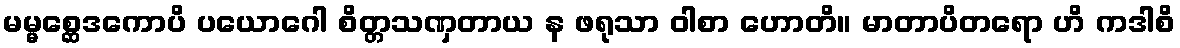
မမ္မစ္ဆေဒကောပိ ပယောဂေါ စိတ္တသဏှတာယ န ဖရုသာ ဝါစာ ဟောတိ။ မာတာပိတရော ဟိ ကဒါစိ